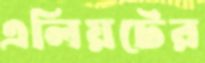
এলিয়টের